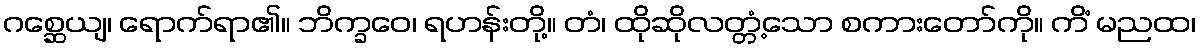
ဂစ္ဆေယျ၊ ရောက်ရာ၏။ ဘိက္ခဝေ၊ ရဟန်းတို့။ တံ၊ ထိုဆိုလတ္တံ့သော စကားတော်ကို။ ကိံ မညထ၊